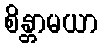
စိန္တာမယာ